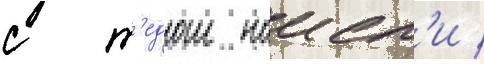
с т'едом наисл'и /